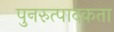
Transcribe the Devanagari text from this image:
पुनरुत्पादकता